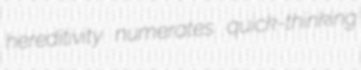
hereditivity numerates quick-thinking